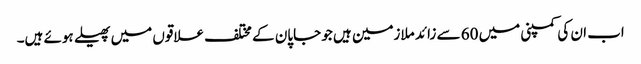
اب ان کی کمپنی میں 60 سے زائد ملازمین ہیں جو جاپان کے مختلف علاقوں میں پھیلے ہوئے ہیں۔